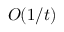
O ( 1 / t )